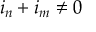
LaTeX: i _ { n } + i _ { m } \neq 0